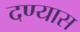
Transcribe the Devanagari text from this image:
दण्यास